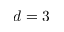
d = 3